Madras plague regulations and rules - Volume 1
Disease focus: Plague
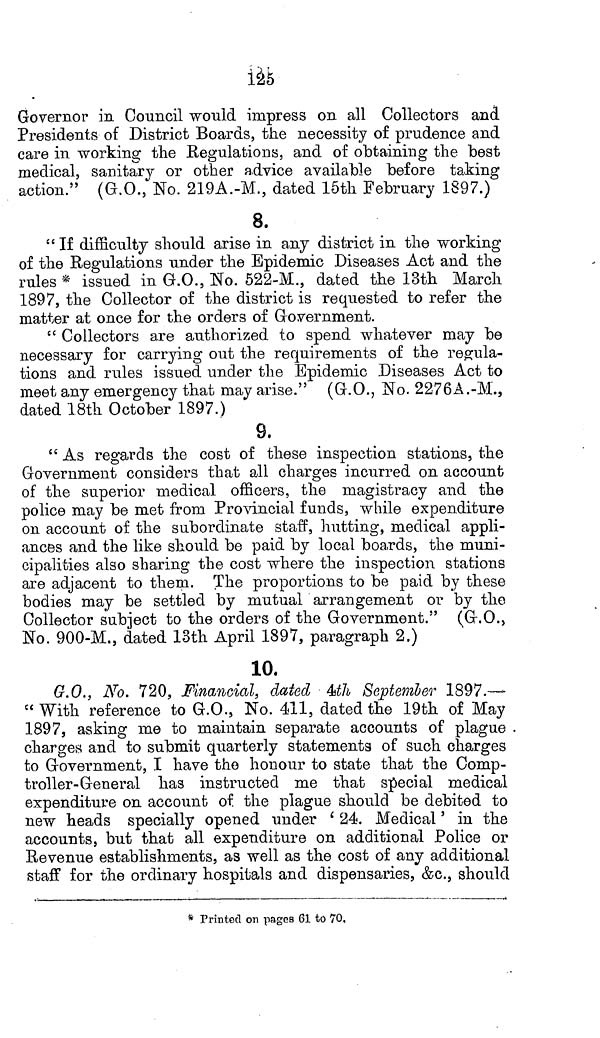
125
Governor in Council would impress on all Collectors and
Presidents of District Boards, the necessity of prudence and
care in working the Regulations, and of obtaining the best
medical, sanitary or other advice available before taking
action." (G.O., No. 219A.-M., dated 15th February 1897.)
8.
" If difficulty should arise in any district in the working
of the Regulations under the Epidemic Diseases Act and the
rules * issued in G.O., No. 522-M., dated the 13th March
1897, the Collector of the district is requested to refer the
matter at once for the orders of Government.
" Collectors are authorized to spend whatever may be
necessary for carrying out the requirements of the regula-
tions and rules issued under the Epidemic Diseases Act to
meet any emergency that may arise." (G.O., No. 2276A.-M.,
dated 18th October 1897.)
9.
" As regards the cost of these inspection stations, the
Government considers that all charges incurred on account
of the superior medical officers, the magistracy and the
police may be met from Provincial funds, while expenditure
on account of the subordinate staff, hutting, medical appli-
ances and the like should be paid by local boards, the muni-
cipalities also sharing the cost where the inspection stations
are adjacent to them. The proportions to be paid by these
bodies may be settled by mutual arrangement or by the
Collector subject to the orders of the Government." (G.O.,
No. 900-M., dated 13th April 1897, paragraph 2.)
10.
G.O., No. 720, Financial, dated 4th September 1897.—
" With reference to G.O., No. 411, dated the 19th of May
1897, asking me to maintain separate accounts of plague
charges and to submit quarterly statements of such charges
to Government, I have the honour to state that the Comp-
troller-General has instructed me that special medical
expenditure on account of the plague should be debited to
new heads specially opened under '24. Medical' in the
accounts, but that all expenditure on additional Police or
Revenue establishments, as well as the cost of any additional
staff for the ordinary hospitals and dispensaries, &c., should
* Printed on pages 61 to 70.